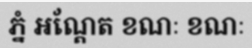
ភ្នំ អណ្តែត ខណៈ ខណៈ